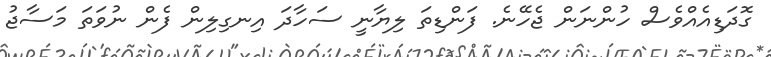
ގޮދަޑިއެއްވެސް ހުންނަން ޖެހޭނެ. ފަންޑިތަ ލިޔާނީ ސަހާދަ އިނގިލިން ފެން ނުވަތަ މަސާޖު